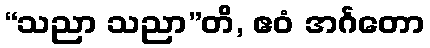
“သညာ သညာ”တိ, ဧဝံ အင်္ဂတော